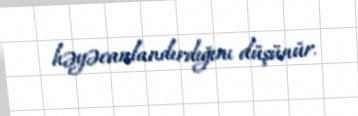
həyəcanlandırdığını düşünür.